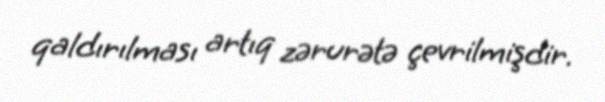
qaldırılması artıq zərurətə çevrilmişdir.